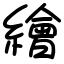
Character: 繪